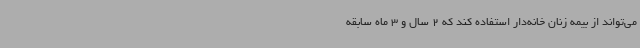
می‌تواند از بیمه زنان خانه‌دار استفاده کند که 2 سال و 3 ماه سابقه